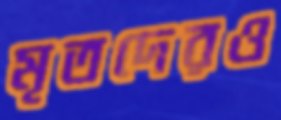
মৃতদেরও